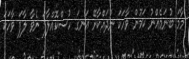
މާމަ ބުނަމެއްނު ކަމުން ވާހަކަ ނުދައްކާށޭ އަނގަ ހުސްކޮއްލާފަ ނެވާ ލާފަ ވާހަކަ